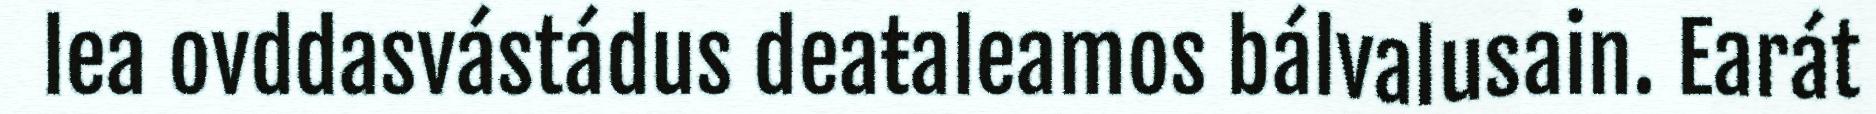
lea ovddasvástádus deaŧaleamos bálvalusain. Earát